Vaccination North-Western Provinces 1866-1877 - 1866-1877
Year: 1866
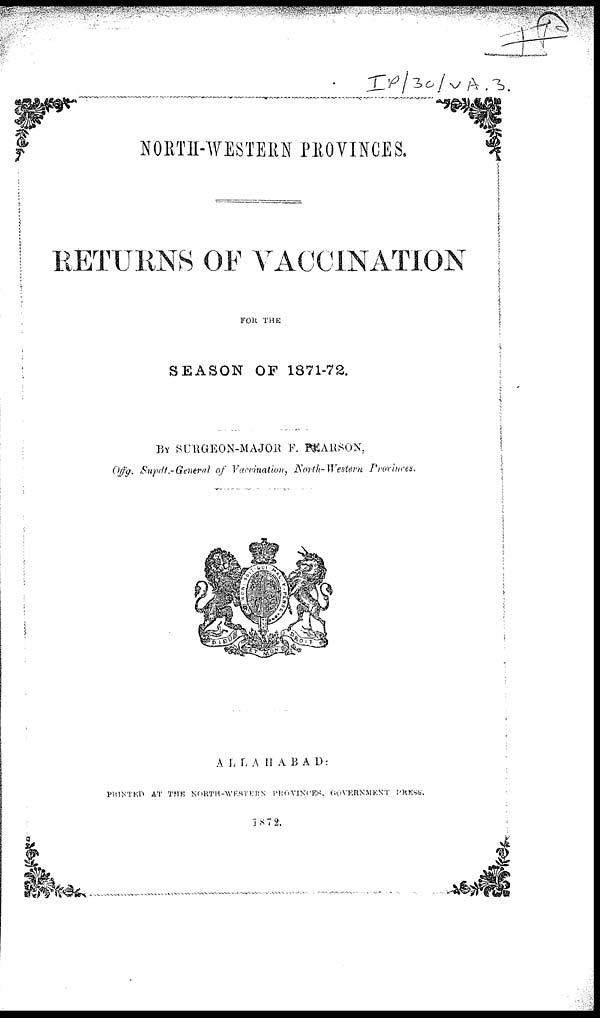
NORTH-WESTEM PROVINCES.
RETURNS OF VACCINATION
FOR THE
SEASON OF 1871-72.
BY SURGEON-MAJOR F. PEARSON,
Offg. Supdt.-General of Vaccination, North-Western Provinces
ALLAHABAD:
PRINTED AT TEH NORTH-WESTERN PROVINCES. GOVERNMENT
PRESS.
1872.